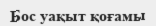
Бос уақыт қоғамы